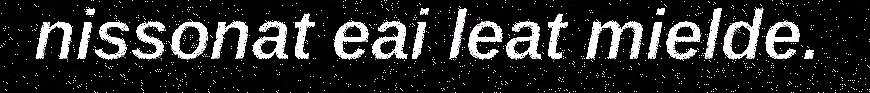
nissonat eai leat mielde.